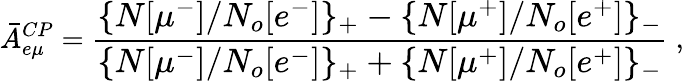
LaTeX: {\bar{A}}_{e\mu}^{CP}=\frac{\large\{ {N[\mu^{-}]}/{N_{o}[e^{-}]}\large\} _{+}-\large\{ N[\mu^{+}]/N_{o}[e^{+}]\large\} _{-}}{\large\{ N[\mu^{-}]/N_{o}[e^{-}]\large\} _{+}+\large\{ N[\mu^{+}]/N_{o}[e^{+}]\large\} _{-}}\; ,